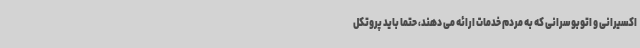
اکسیرانی و اتوبوسرانی که به مردم خدمات ارائه می دهند، حتما باید پروتکل